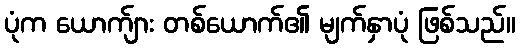
ပုံက ယောက်ျား တစ်ယောက်၏ မျက်နှာပုံ ဖြစ်သည်။